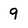
Character: 9